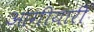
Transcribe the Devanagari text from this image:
आगीयारी